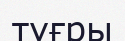
түғры